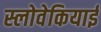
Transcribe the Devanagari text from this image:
स्लोवेकियाई